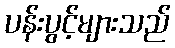
ပန်းပွင့်များသည်